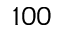
1 0 0